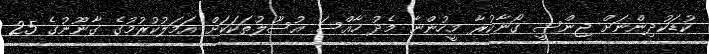
ކުޑަކުދިންނަށް ޖިންސީ ގޯނާކުރާ މީހުންނާ މެދު ހާއްސަ އުސޫލުތަކަކަށް އަމަލުކުރުމުގެ ގާނޫނުގެ 25